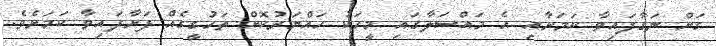
ގަށް ނަގާފައިވާ ކަމަށާއި އެ މައްސަލާގައި މީހަކު ހައްޔަރުކޮށް ތަހުގީގެއް ފަށާފައިވާ ކަމަށެވެ.